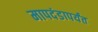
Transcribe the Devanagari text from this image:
मापदंडापर्यंत